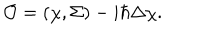
{ \cal O } = ( \chi , \Sigma ) - i \hbar \Delta \chi .